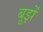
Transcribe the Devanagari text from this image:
बूझें